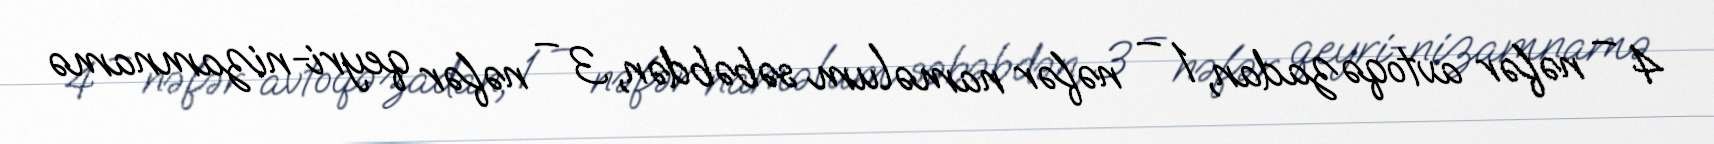
4 – nəfər avtoqəzadan, 1 – nəfər naməlum səbəbdən, 3 – nəfər qeyri-nizamnamə